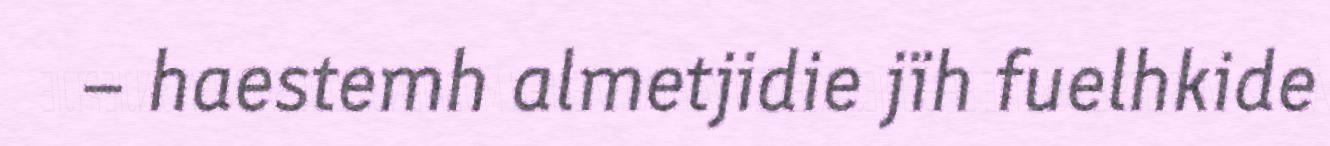
– haestemh almetjidie jïh fuelhkide